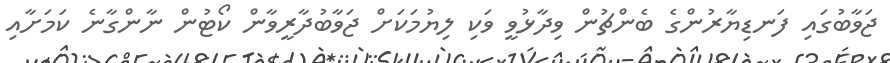
ޖަވާބުގައި ފަނޑިޔާރުންގެ ބެންޗުން ވިދާޅުވީ ވަކި ލިޔުމަކަށް ޖަވާބުދާރީވާން ކޯޓުން ނާންގާނެ ކަމަށާއި